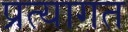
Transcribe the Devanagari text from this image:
प्रत्यागत